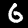
Digit: 6